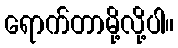
ရောက်တာမို့လို့ပါ။